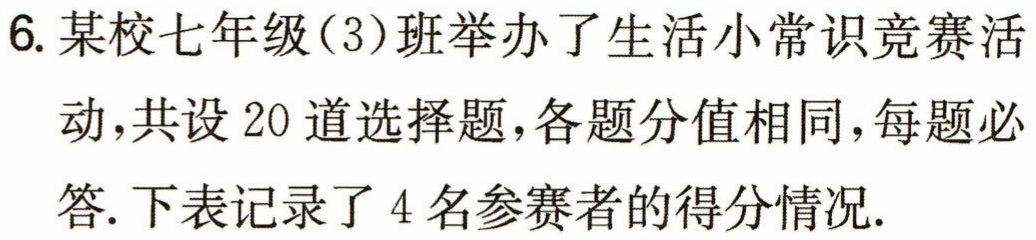
6. 某校七年级(3)班举办了生活小常识竞赛活动,共设 20 道选择题,各题分值相同,每题必答. 下表记录了 4 名参赛者的得分情况.